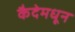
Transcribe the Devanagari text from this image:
कैदेमधून